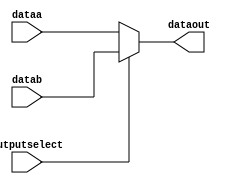
module mux21 ( dataa, datab, dataout, outputselect);
	input dataa;
	input datab;
	output dataout;
	input outputselect;
	reg tmp_result;
    integer i;
    always @(dataa or datab or outputselect)
	begin
		tmp_result = 0;
		if (outputselect)
		begin
	        tmp_result = datab;
		end
		else
		begin
	        tmp_result = dataa;
		end
	end
    assign dataout = tmp_result;
endmodule